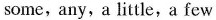
some,any,a little,a few